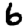
Digit: 6